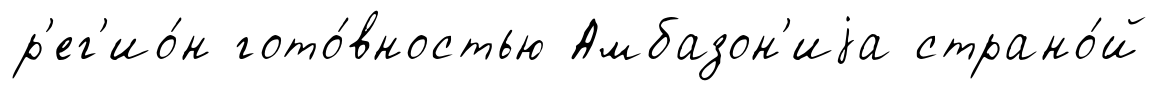
р'ег'ио́н гото́вностью Амбазон'иjа страно́й